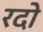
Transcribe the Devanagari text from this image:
रदो